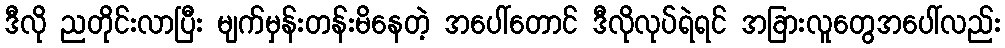
ဒီလို ညတိုင်းလာပြီး မျက်မှန်းတန်းမိနေတဲ့ အပေါ်တောင် ဒီလိုလုပ်ရဲရင် အခြားလူတွေအပေါ်လည်း